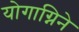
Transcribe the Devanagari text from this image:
योगाग्निने